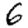
Digit: 6